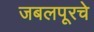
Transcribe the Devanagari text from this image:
जबलपूरचे